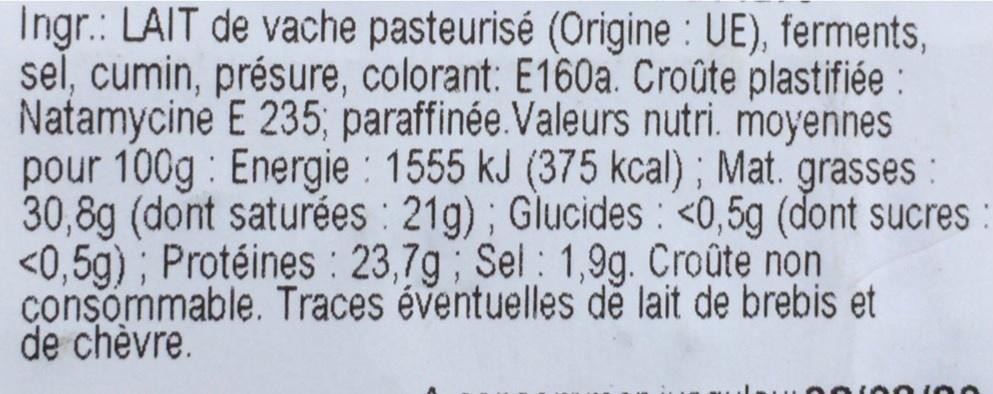
Ingr.: LAIT de vache pasteurisé (Origine : UE), ferments, sel, cumin, présure, colorant: E160a. Croûte plastifiée : Natamycine E 235; paraffinée.Valeurs nutri. moyennes pour 100g : Energie : 1555 kJ (375 kcal) ; Mat. 30,8g (dont saturées : 21g) ; Glucides: <0,5g (dont sucres <0,5g) ; Protéines : 23,7g ; Sel : 1,9g. Croûte non consommable. Traces éventuelles dě lait de brebis et de chèvre.
grasses :